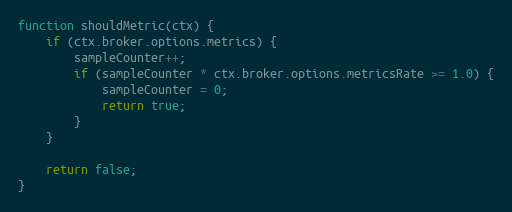
Language: JavaScript
function shouldMetric(ctx) {
	if (ctx.broker.options.metrics) {
		sampleCounter++;
		if (sampleCounter * ctx.broker.options.metricsRate >= 1.0) {
			sampleCounter = 0;
			return true;
		}
	}

	return false;
}